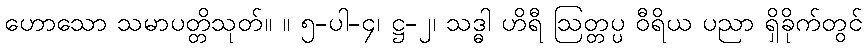
ဟောသော သမာပတ္တိသုတ်။ ။ ၅-ပါ-၄၊ ဋ္ဌ-၂၊ သဒ္ဓါ ဟိရီ ဩတ္တပ္ပ ဝီရိယ ပညာ ရှိခိုက်တွင်